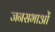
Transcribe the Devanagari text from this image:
जनसभाआें